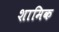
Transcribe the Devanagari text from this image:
शामिक